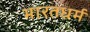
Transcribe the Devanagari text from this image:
भारतधर्म